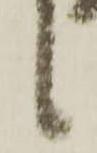
候